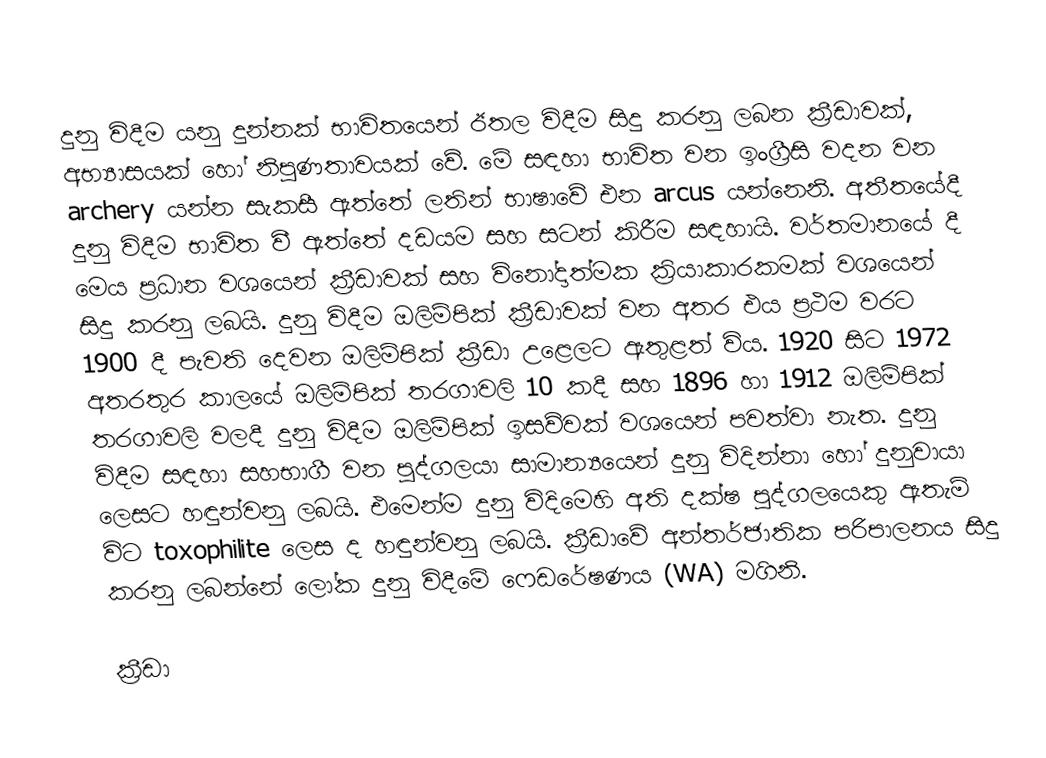
දුනු විදීම යනු දුන්නක් භාවිතයෙන් ඊතල විදීම සිදු කරනු ලබන ක්‍රීඩාවක්, අභ්‍යාසයක් හෝ නිපුණතාවයක් වේ. මේ සඳහා භාවිත වන ඉංග්‍රීසි වදන වන archery යන්න සැකසී ඇත්තේ ලතින් භාෂාවේ එන arcus යන්නෙනි. අතීතයේදී දුනු විදීම භාවිත වී ඇත්තේ දඩයම සහ සටන් කිරීම සඳහායි. වර්තමානයේ දී මෙය ප්‍රධාන වශයෙන් ක්‍රීඩාවක් සහ විනෝදාත්මක ක්‍රියාකාරකමක් වශයෙන් සිදු කරනු ලබයි. දුනු විදීම ඔලිම්පික් ක්‍රීඩාවක් වන අතර එය ප්‍රථම වරට 1900 දී පැවති දෙවන ඔලිම්පික් ක්‍රීඩා උළෙලට ඇතුළත් විය. 1920 සිට 1972 අතරතුර කාලයේ ඔලිම්පික් තරගාවලි 10 කදී සහ 1896 හා 1912 ඔලිම්පික් තරගාවලි වලදී දුනු විදීම ඔලිම්පික් ඉසව්වක් වශයෙන් පවත්වා නැත. දුනු විදීම සඳහා සහභාගී වන පුද්ගලයා සාමාන්‍යයෙන් දුනු විදින්නා හෝ දුනුවායා ලෙසට හඳුන්වනු ලබයි. එමෙන්ම දුනු විදිමෙහි අති දක්ෂ පුද්ගලයෙකු ඇතැම් විට toxophilite ලෙස ද හඳුන්වනු ලබයි. ක්‍රීඩාවේ අන්තර්ජාතික පරිපාලනය සිදු කරනු ලබන්නේ ලෝක දුනු විදීමේ ෆෙඩරේෂණය (WA) මගිනි.

ක්‍රීඩා